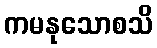
ကမနုသောစသိ